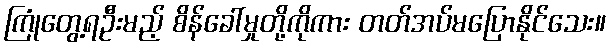
ကြုံတွေ့ရဦးမည့် စိန်ခေါ်မှုတို့ကိုကား တတ်အပ်မပြောနိုင်သေး။